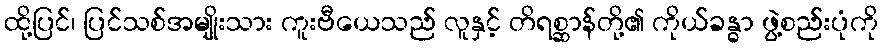
ထို့ပြင်၊ ပြင်သစ်အမျိုးသား ကူးဗီယေသည် လူနှင့် တိရစ္ဆာန်တို့၏ ကိုယ်ခန္ဓာ ဖွဲ့စည်းပုံကို